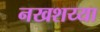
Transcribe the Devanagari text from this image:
नखशय्या